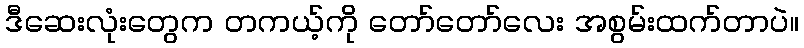
ဒီဆေးလုံးတွေက တကယ့်ကို တော်တော်လေး အစွမ်းထက်တာပဲ။